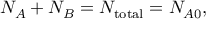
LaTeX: N _ { A } + N _ { B } = N _ { \mathrm { t o t a l } } = N _ { A 0 } ,